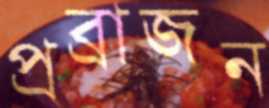
প্রব্রাজন